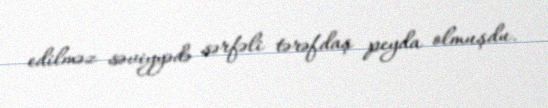
edilməz səviyyədə sərfəli tərəfdaş peyda olmuşdu.